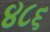
૪૮૬